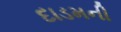
દાડમની